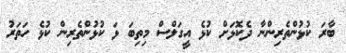
ބާރަ ކުޅުންތެރިންނާ ދެކޮޅަަށް ކުޅެ އީގަލްސް މިތިބަ ޅަ ކުޅުންތެރިން ކުޅެ ހަތަރު